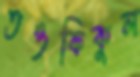
তওফিকুল